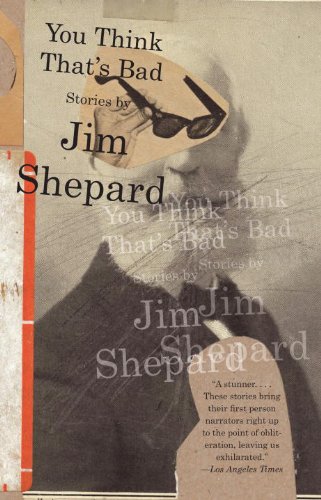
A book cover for You Think That's Bad (Vintage Contemporaries); Jim Shepard; Literature & Fiction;